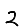
Digit: 2